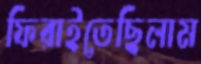
ফিরাইতেছিলাম